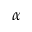
\alpha